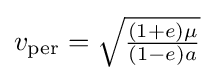
{\textstyle v_{\text{per}}={\sqrt {\frac {(1+e)\mu }{(1-e)a}}}\,}